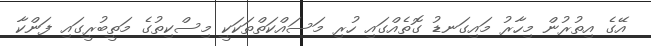
އޭގެ އިތުރުން މިހާރު މައިގަނޑު ގޮތެއްގައި ހުރި މަސައްކަތްތަކަކީ މިސްކިތުގެ މަތީބުރީގައި ފަންކާ